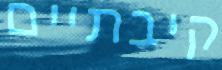
קיבתיים